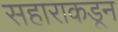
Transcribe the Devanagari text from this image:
सहाराकडून